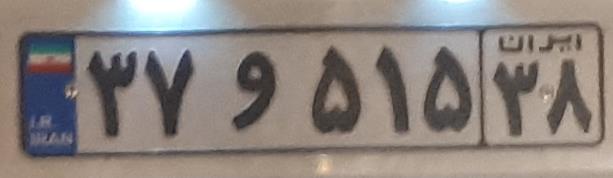
۳۷و۵۱۵۳۸